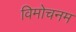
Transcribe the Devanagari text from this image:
विमोचनम